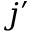
j ^ { \prime }